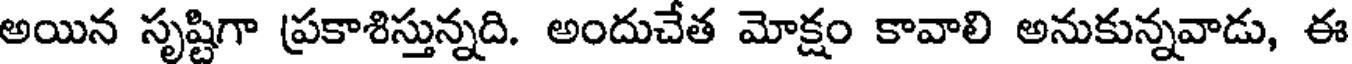
అయిన సృష్టిగా ప్రకాశిస్తున్నది. అందుచేత మోక్షం కావాలి అనుకున్నవాడు, ఈ